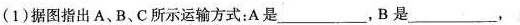
(1)据图指出A、B、C所示运输方式：A是___，B是___，